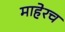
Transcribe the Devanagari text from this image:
माहेरच